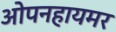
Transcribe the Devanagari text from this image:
ओपनहायमर